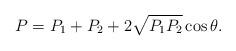
LaTeX: \begin{align*}P=P_1+P_2+2\sqrt{P_1P_2}\cos\theta.\end{align*}